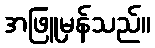
အဖြူမှန်သည်။